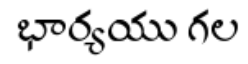
భార్యయు గల